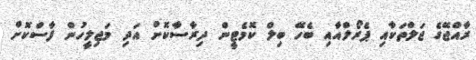
ރާއްޖޭގެ ޖަލްތަކާއި ޕެރޯލްއާއި ބެހޭ ބިލް ކޮމެޓީން ދިރާސާކޮށް އަދި މަޖިލީހުން ފާސްކޮށް